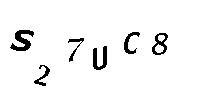
S27UC8